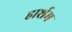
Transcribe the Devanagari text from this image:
हार्शम